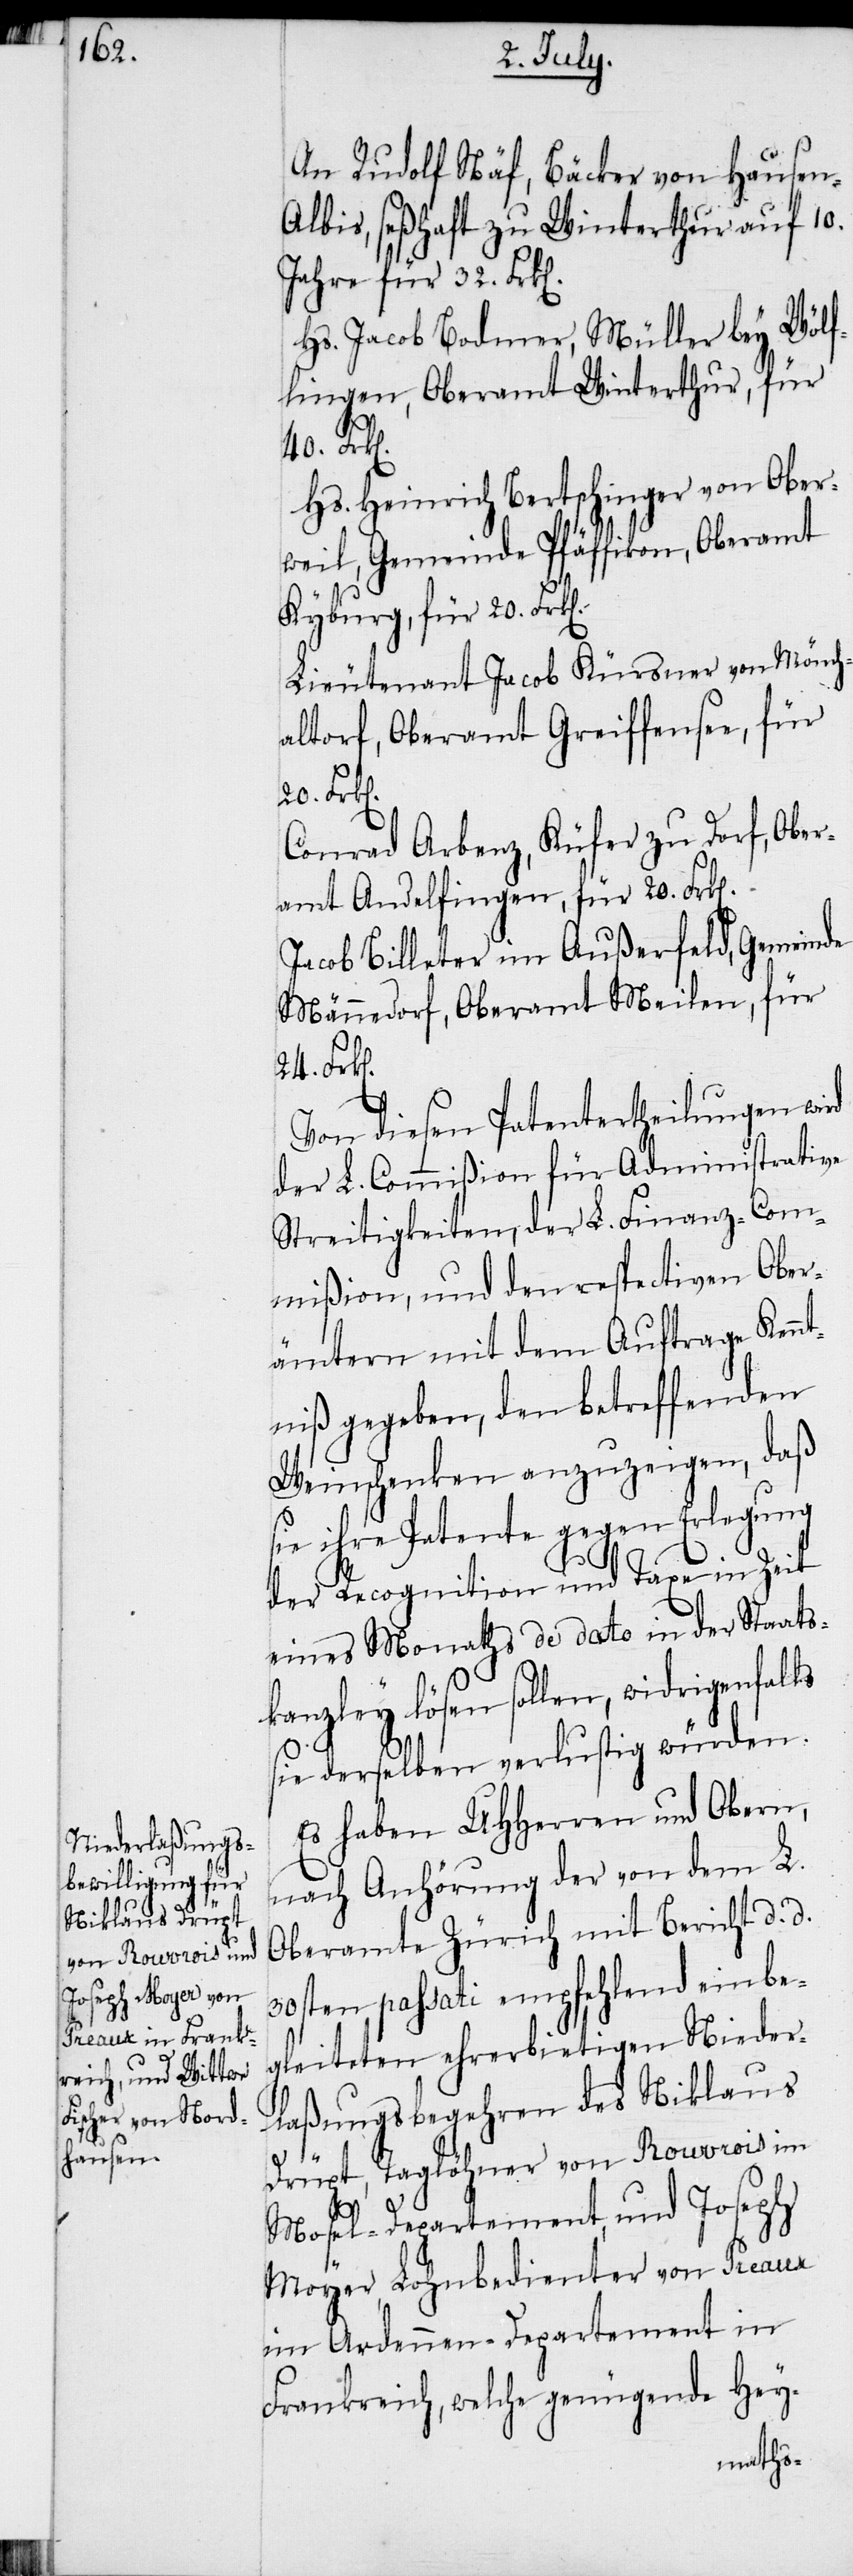
An Rudolf Näf, Bäcker von Hausen-A¬
lbis, seßhaft zu Winterthur auf 10.
Jahre für 32. Frk[e¬
Hs. Jacob Bodmer, Müller bey Wölf¬
lingen, Oberamt Winterthur, für
Hs. Heinrich Bertschinger von Ober¬
weil, Gemeinde Pfäffikon, Oberamt
Kyburg, für 20. Frk[e¬
Lieutenant Jacob Kürsner von Mönch¬
altorf, Oberamt Greiffensee, für
20. Frk[e¬
Conrad Arbenz, Küfer zu Dorf, Ober¬
amt Andelfingen, für 20. Frk[e¬
Jacob Billeter im Außerfeld, Gemeinde
Männedorf, Oberamt Meilen, für
Von diesen Patentertheilungen wird
der L. Commißion für Administrative
Streitigkeiten, der L. Finanz-Com¬
mißion, und den respectiven Ober¬
ämtern mit dem Auftrage Kenn¬
tniß gegeben, den betreffenden
Weinschenken anzuzeigen, daß
sie ihre Patente gegen Erlegung
der Recognition und Taxe in Zeit
eines Monaths de dato in der Staats¬
kanzley lösen sollen, widrigenfalls
sie derselben verlustig würden.
Es haben UHHerren und Obern,
nach Anhörung der von dem L.
Oberamte Zürich mit Bericht d. d.
30sten passati empfehlend einbe¬
gleiteten ehrerbietigen Nieder¬
laßungsbegehren des Niklaus
Drüpt, Taglöhner von Rouvrois im
24.
Mosel-Departement, und Joseph
Moyer, Lohnbedienter von Preaux
im Ardennen-Departement in
Frankreich, welche genügende Hey-